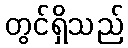
တွင်ရှိသည်